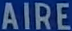
AIRE